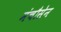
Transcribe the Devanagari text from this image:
मंचौसेन